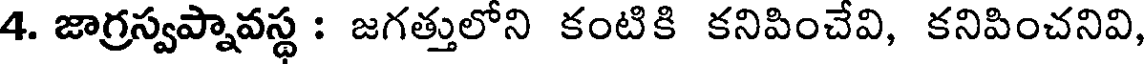
4. జాగ్రస్వప్నావస్థ : జగత్తులోని కంటికి కనిపించేవి, కనిపించనివి,